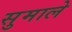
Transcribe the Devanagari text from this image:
सुमाले